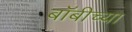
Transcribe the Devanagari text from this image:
बॉबीच्या